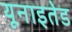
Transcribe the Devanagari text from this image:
यूनाइतेड